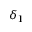
\delta _ { 1 }